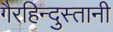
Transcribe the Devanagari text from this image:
गैरहिन्दुस्तानी